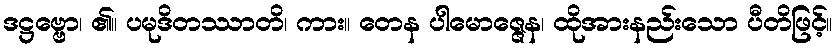
ဒဋ္ဌဗ္ဗော၊ ၏။ ပမုဒိတဿာတိ၊ ကား။ တေန ပါမောဇ္ဇေန၊ ထိုအားနည်းသော ပီတိဖြင့်။